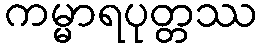
ကမ္မာရပုတ္တဿ